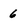
Character: 6